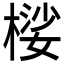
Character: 𱤇